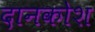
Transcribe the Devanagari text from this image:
दानकोश